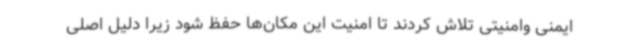
ایمنی وامنیتی تلاش کردند تا امنیت این مکان‌ها حفظ شود زیرا دلیل اصلی